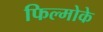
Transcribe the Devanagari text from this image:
फिल्मोके